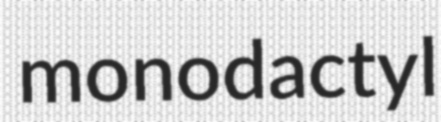
monodactyl